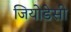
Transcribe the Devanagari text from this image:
जियोडेसी